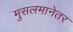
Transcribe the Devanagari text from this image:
मुसलमानेतर